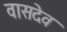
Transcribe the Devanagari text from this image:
वासदेव